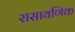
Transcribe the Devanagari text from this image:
रासायणिक